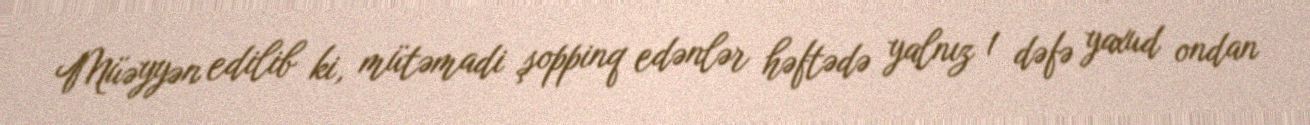
Müəyyən edilib ki, mütəmadi şoppinq edənlər həftədə yalnız 1 dəfə yaxud ondan